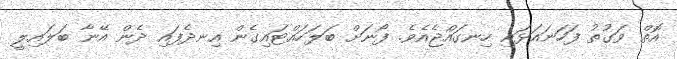
އޮތް ވަގުތު ފަހަނައަޅައި ހިނގައްޖެއެވެ. ފޯނަށް ބަލަހައްޓައިގެން އިނދެފައި ދެން އޭނާ ބަލައިލީ